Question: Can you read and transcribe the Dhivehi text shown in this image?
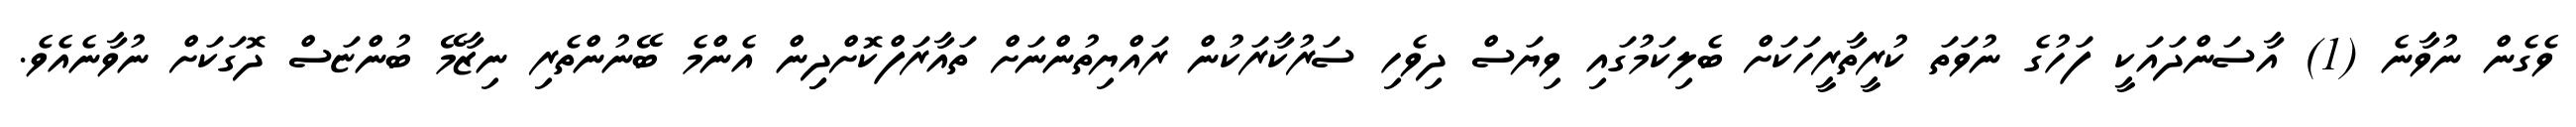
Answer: ވެގެން ނުވާނެ (1) އާސަންދައަކީ ފަހުގެ ނުވަތަ ކުރީތާރީހަކަށް ބެލިކަމުގައި ވިޔަސް ދިވެހި ސަރުކާރަކުން ރައްޔިތުންނަށް ތައާރަފްކޮށްދިިން އެންމެ ބޭނުންތެރި ނިޒާމޭ ބުންޏަސް ދޮގަކަށް ނުވާނެއެވެ.